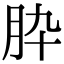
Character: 𦙈